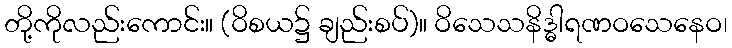
တို့ကိုလည်းကောင်း။ (ဝိစယ၌ ချည်းစပ်)။ ဝိသေသနိဒ္ဓါရဏဝသေနေဝ၊